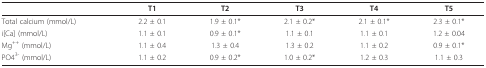
<table><thead><tr><td></td><td><b>T1</b></td><td><b>T2</b></td><td><b>T3</b></td><td><b>T4</b></td><td><b>T5</b></td></tr></thead><tbody><tr><td>Total calcium (mmol/L)</td><td>2.2 ± 0.1</td><td>1.9 ± 0.1*</td><td>2.1 ± 0.2*</td><td>2.1 ± 0.1*</td><td>2.3 ± 0.1*</td></tr><tr><td>i[Ca] (mmol/L)</td><td>1.1 ± 0.1</td><td>0.9 ± 0.1*</td><td>1.1 ± 0.1</td><td>1.1 ± 0.1</td><td>1.2 ± 0.04</td></tr><tr><td>Mg<sup>++ </sup>(mmol/L)</td><td>1.1 ± 0.4</td><td>1.3 ± 0.4</td><td>1.3 ± 0.2</td><td>1.1 ± 0.2</td><td>0.9 ± 0.1*</td></tr><tr><td>PO4<sup>3- </sup>(mmol/L)</td><td>1.1 ± 0.2</td><td>0.9 ± 0.2*</td><td>1.0 ± 0.2*</td><td>1.2 ± 0.3</td><td>1.1 ± 0.3</td></tr></tbody></table>